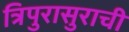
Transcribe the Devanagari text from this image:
त्रिपुरासुराची